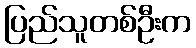
ပြည်သူတစ်ဦးက